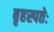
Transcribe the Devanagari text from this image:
बृहस्पतेः